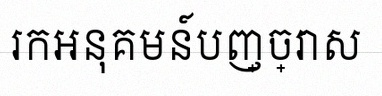
រកអនុគមន៍បញ្ច្រាស